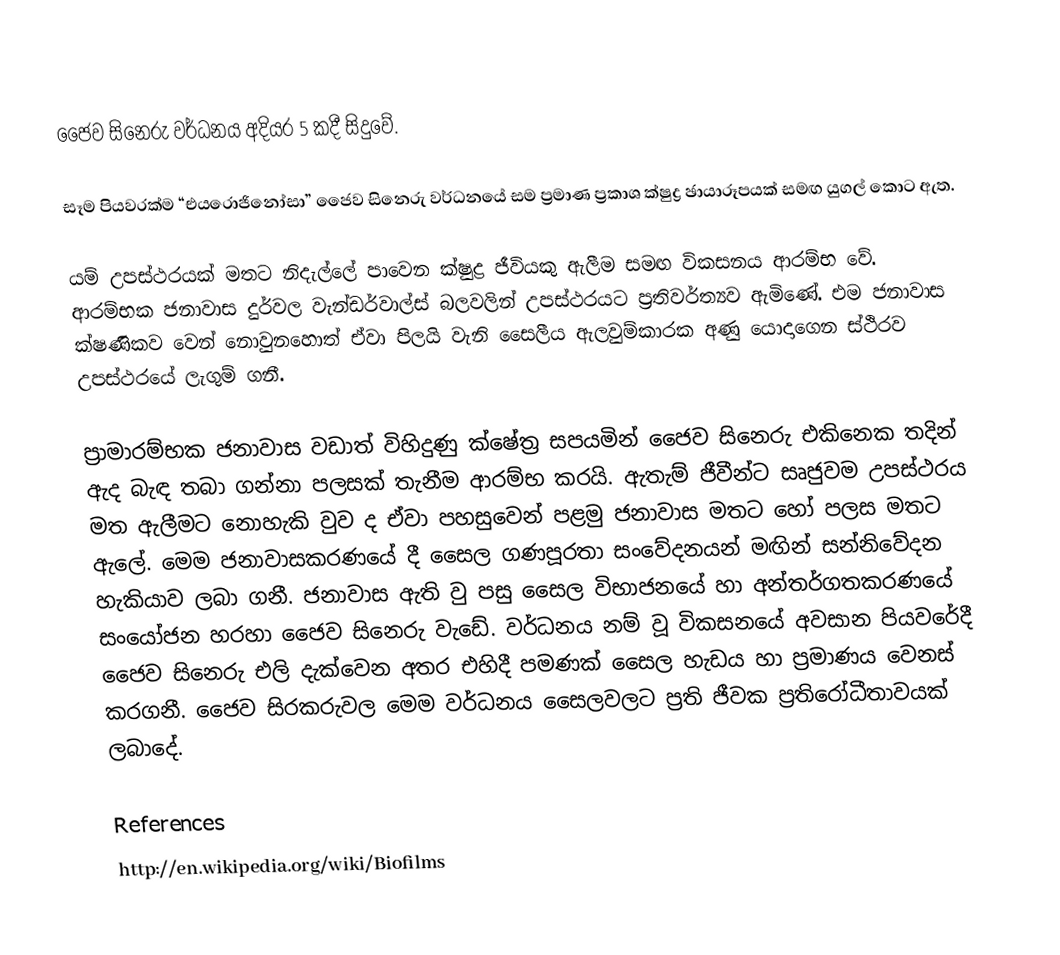
ජෛව  සිනෙරු වර්ධනය අදියර 5 කදී සිදුවේ.

සෑම පියවරක්ම “එයරොජිනෝසා” ජෛව සිනෙරු වර්ධනයේ සම ප්‍රමාණ ප්‍රකාශ ක්ෂුද්‍ර ඡායාරූපයක් සමඟ යුගල් කොට ඇත.

යම් උපස්ථරයක් මතට නිදැල්ලේ පාවෙන ක්ෂුද්‍ර ජීවියකු ඇලීම සමඟ විකසනය ආරම්භ වේ. ආරම්භක ජනාවාස දුර්වල වැන්ඩර්වාල්ස් බලවලින් උපස්ථරයට ප්‍රතිවර්ත්‍යව ඇමිණේ. එම ජනාවාස ක්ෂණිකව වෙන් නොවුන‍හොත් ඒවා පිලයි වැනි සෛලීය ඇලවුම්කාරක අණු යොදාගෙන ස්ථිරව උපස්ථරයේ ලැගුම් ගනී.

ප්‍රාමාරම්භක ජනාවාස වඩාත් විහිදුණු ක්ෂේත්‍ර සපයමින් ජෛව සිනෙරු එකිනෙක තදින් ඇද බැඳ තබා ගන්නා පලසක් තැනීම ආරම්භ කරයි. ඇතැම් ජීවීන්ට සෘජුවම උපස්ථරය මත ඇලීමට නොහැකි වුව ද ඒවා පහසුවෙන් පළමු ජනාවාස මතට හෝ පලස මතට ඇලේ. මෙම ජනාවාසකරණයේ දී සෛල ගණපූරතා සංවේදනයන් මඟින් සන්නිවේදන හැකියාව ලබා ගනී. ජනාවාස ඇති වු පසු සෛල විභාජනයේ හා අන්තර්ගතකරණයේ සංයෝජන හරහා ජෛව සිනෙරු වැඩේ. වර්ධනය නම් වූ විකසනයේ අවසාන පියවරේදී ජෛව සිනෙරු එලි දැක්වෙන අතර එහිදී පමණක් සෛල හැඩය හා ප්‍රමාණය වෙනස් කරගනී. ජෛව සිරකරුවල මෙම වර්ධනය සෛලවලට ප්‍රති ජීවක ප්‍රතිරෝධීතාවයක් ලබාදේ.

References
http://en.wikipedia.org/wiki/Biofilms